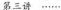
第三讲······